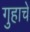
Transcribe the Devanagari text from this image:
गुहाचे